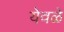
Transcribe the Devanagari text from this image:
येवळे